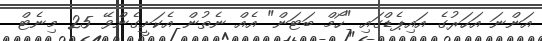
އަންނަ އަހަރުގެ އައިޕެޑްގައި "ހޯމް ބަޓަން" އެއް ނެތުން އެކަށީގެންވޭ 25 މިނެޓް